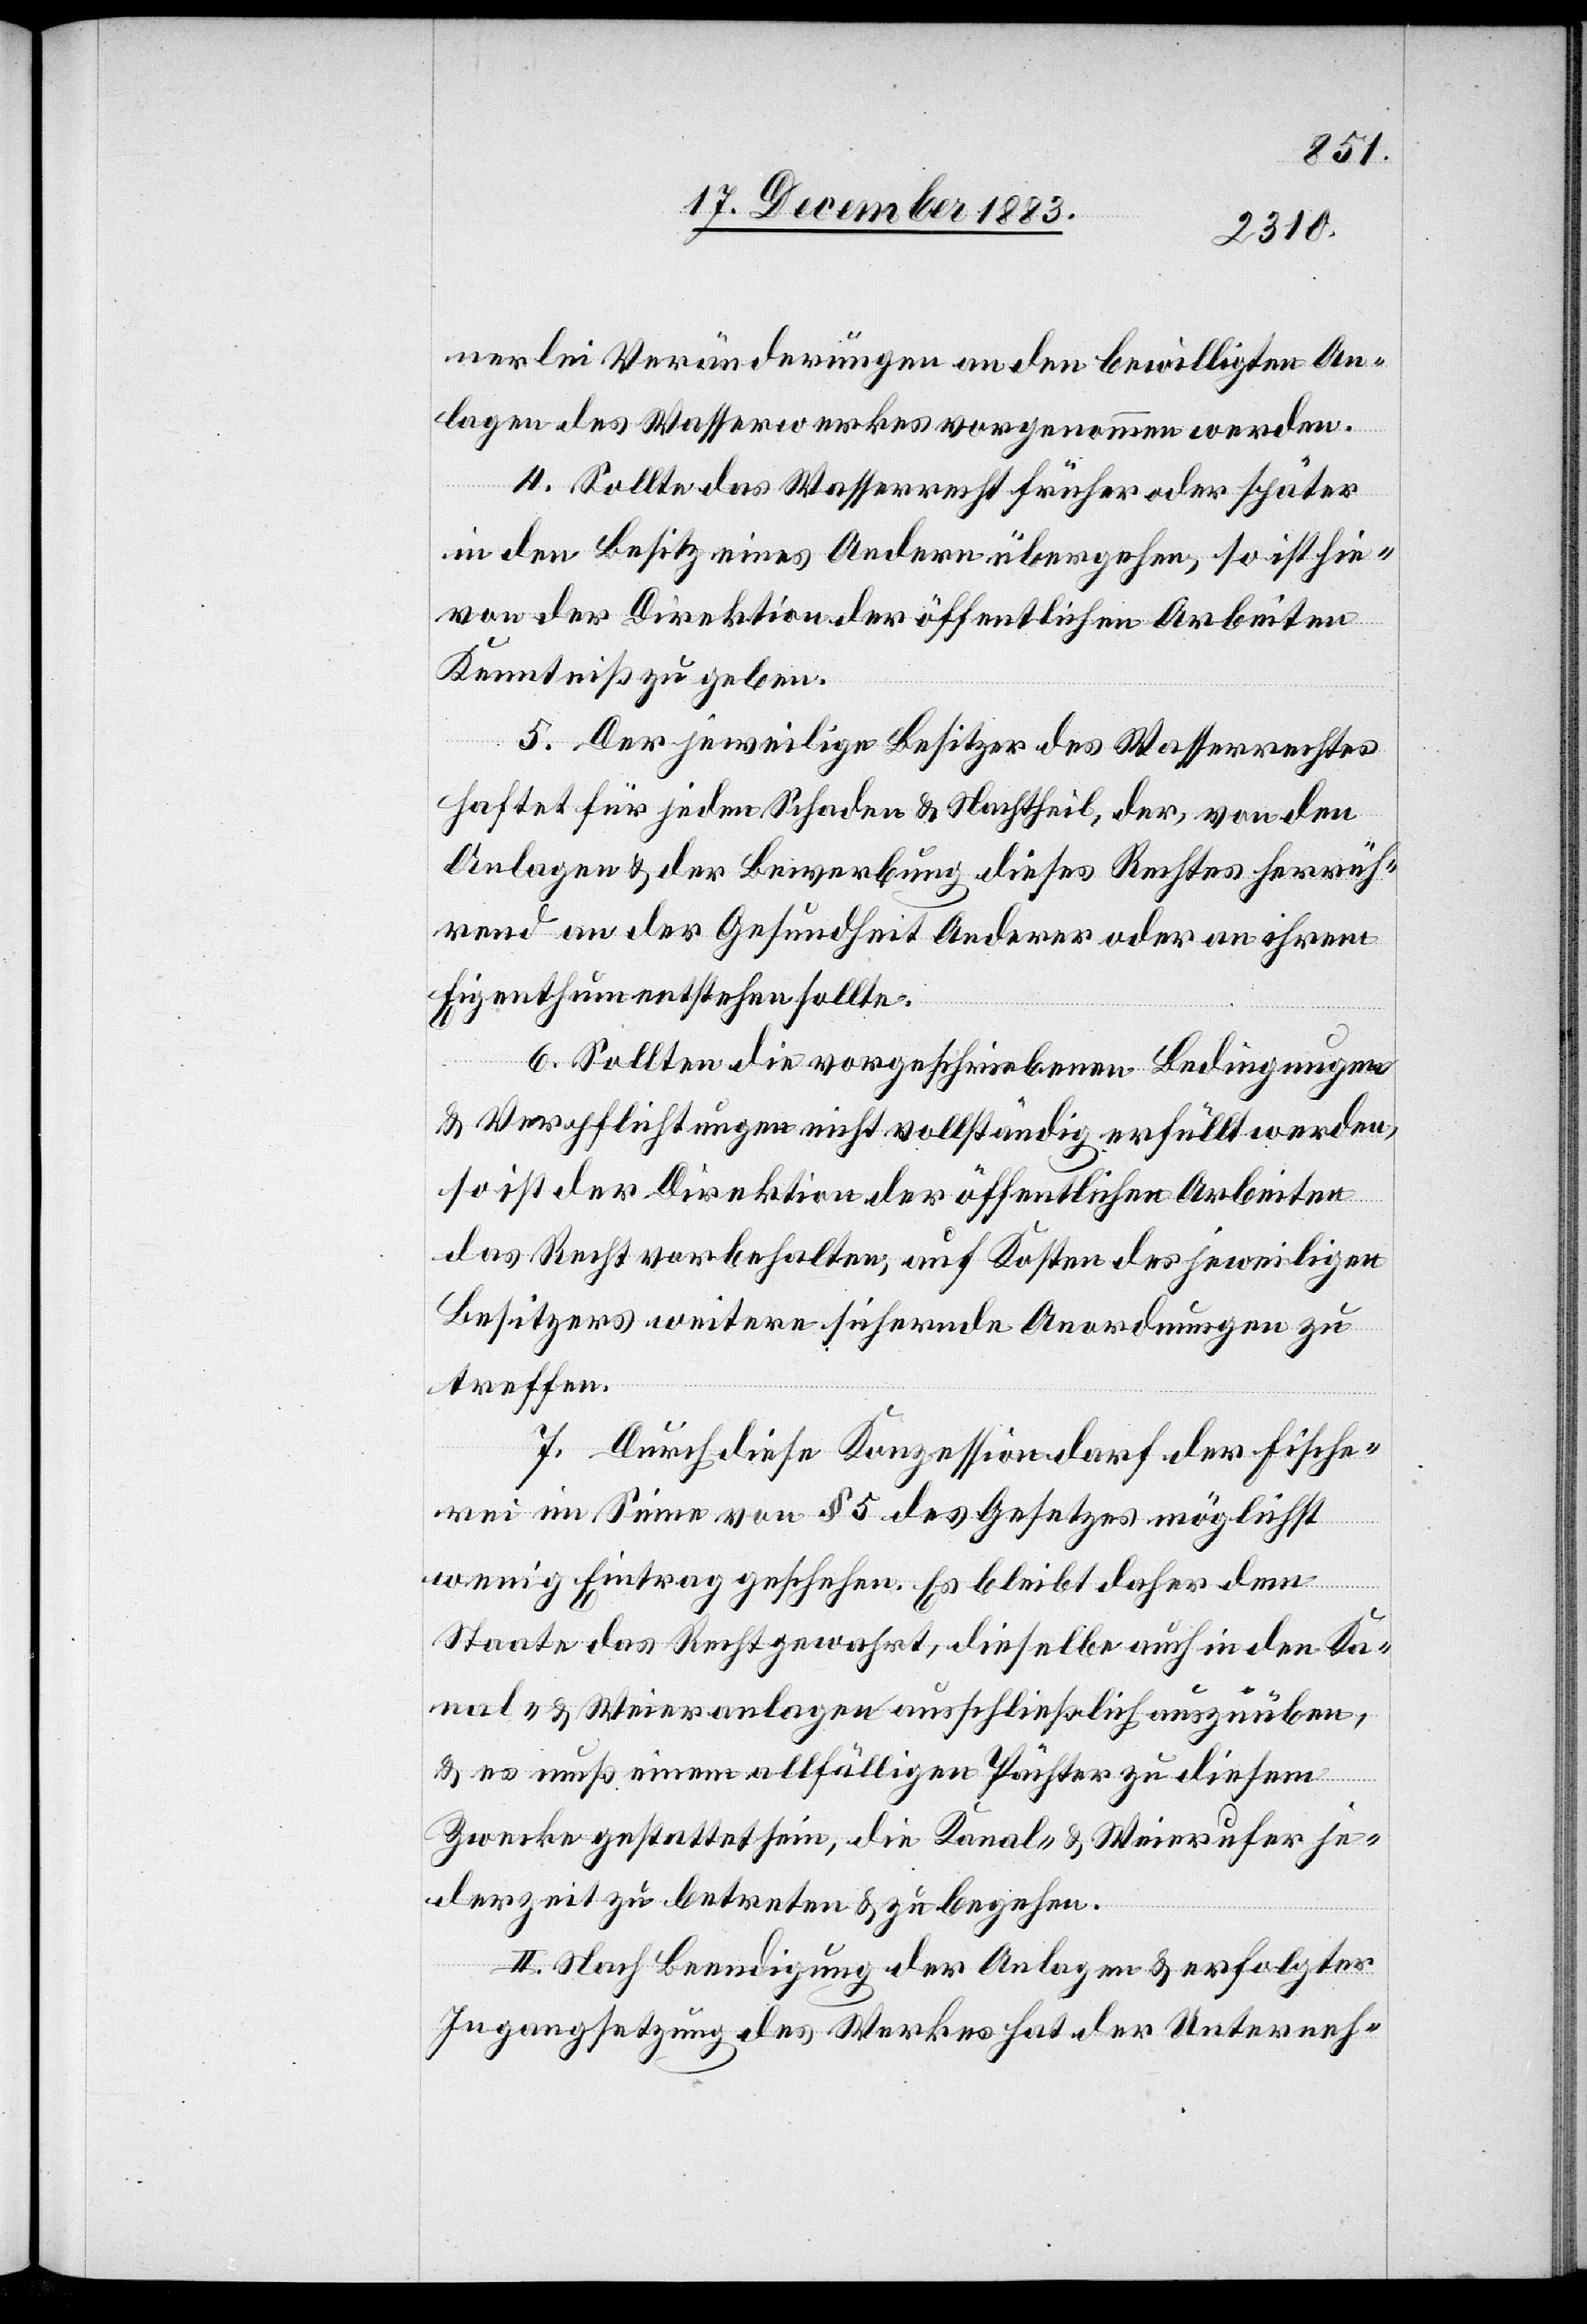
nerlei Veränderungen an den bewilligten An¬
lagen des Wasserwerkes vorgenommen werden.
4. Sollte das Wasserrecht früher oder später
in den Besitz eines Andern übergehen, so ist hie¬
von der Direktion der öffentlichen Arbeiten
Kenntniß zu geben.
5. Der jeweilige Besitzer des Wasserrechtes
haftet für jeden Schaden & Nachtheil, der, von den
Anlagen & der Bewerbung dieses Rechtes herrüh¬
rend an der Gesundheit Anderer oder an ihrem
Eigenthum entstehen sollte.
6. Sollten die vorgeschriebenen Bedingungen
& Verpflichtungen nicht vollständig erfüllt werden,
so ist der Direktion der öffentlichen Arbeiten
das Recht vorbehalten, auf Kosten der jeweiligen
Besitzers weitere sichernde Anordnungen zu
treffen.
7. Durch diese Konzession darf der Fische¬
rei im Sinne von § 5 des Gesetzes möglichst
wenig Eintrag geschehen. Es bleibt daher dem
Staate das Recht gewahrt, dieselbe auch in den Ka¬
nal- & Weieranlagen ausschließlich auszuüben,
& es muß einem allfälligen Pächter zu diesem
Zwecke gestattet sein, die Kanal- & Weierufer je¬
derzeit zu betreten & zu begehen.
II. Nach Beendigung der Anlagen & erfolgter
Ingangsetzung des Werkes hat der Unterneh-